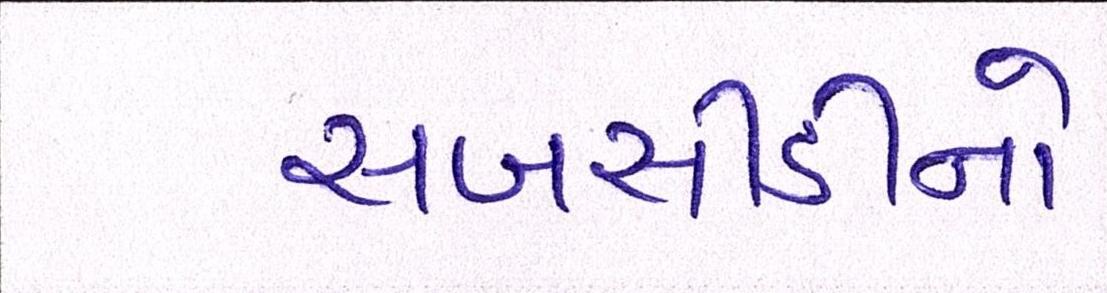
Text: સબસીડીનો